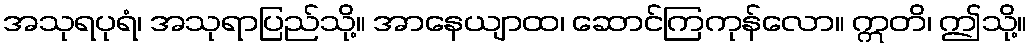
အသုရပုရံ၊ အသုရာပြည်သို့။ အာနေယျာထ၊ ဆောင်ကြကုန်လော။ ဣတိ၊ ဤသို့။